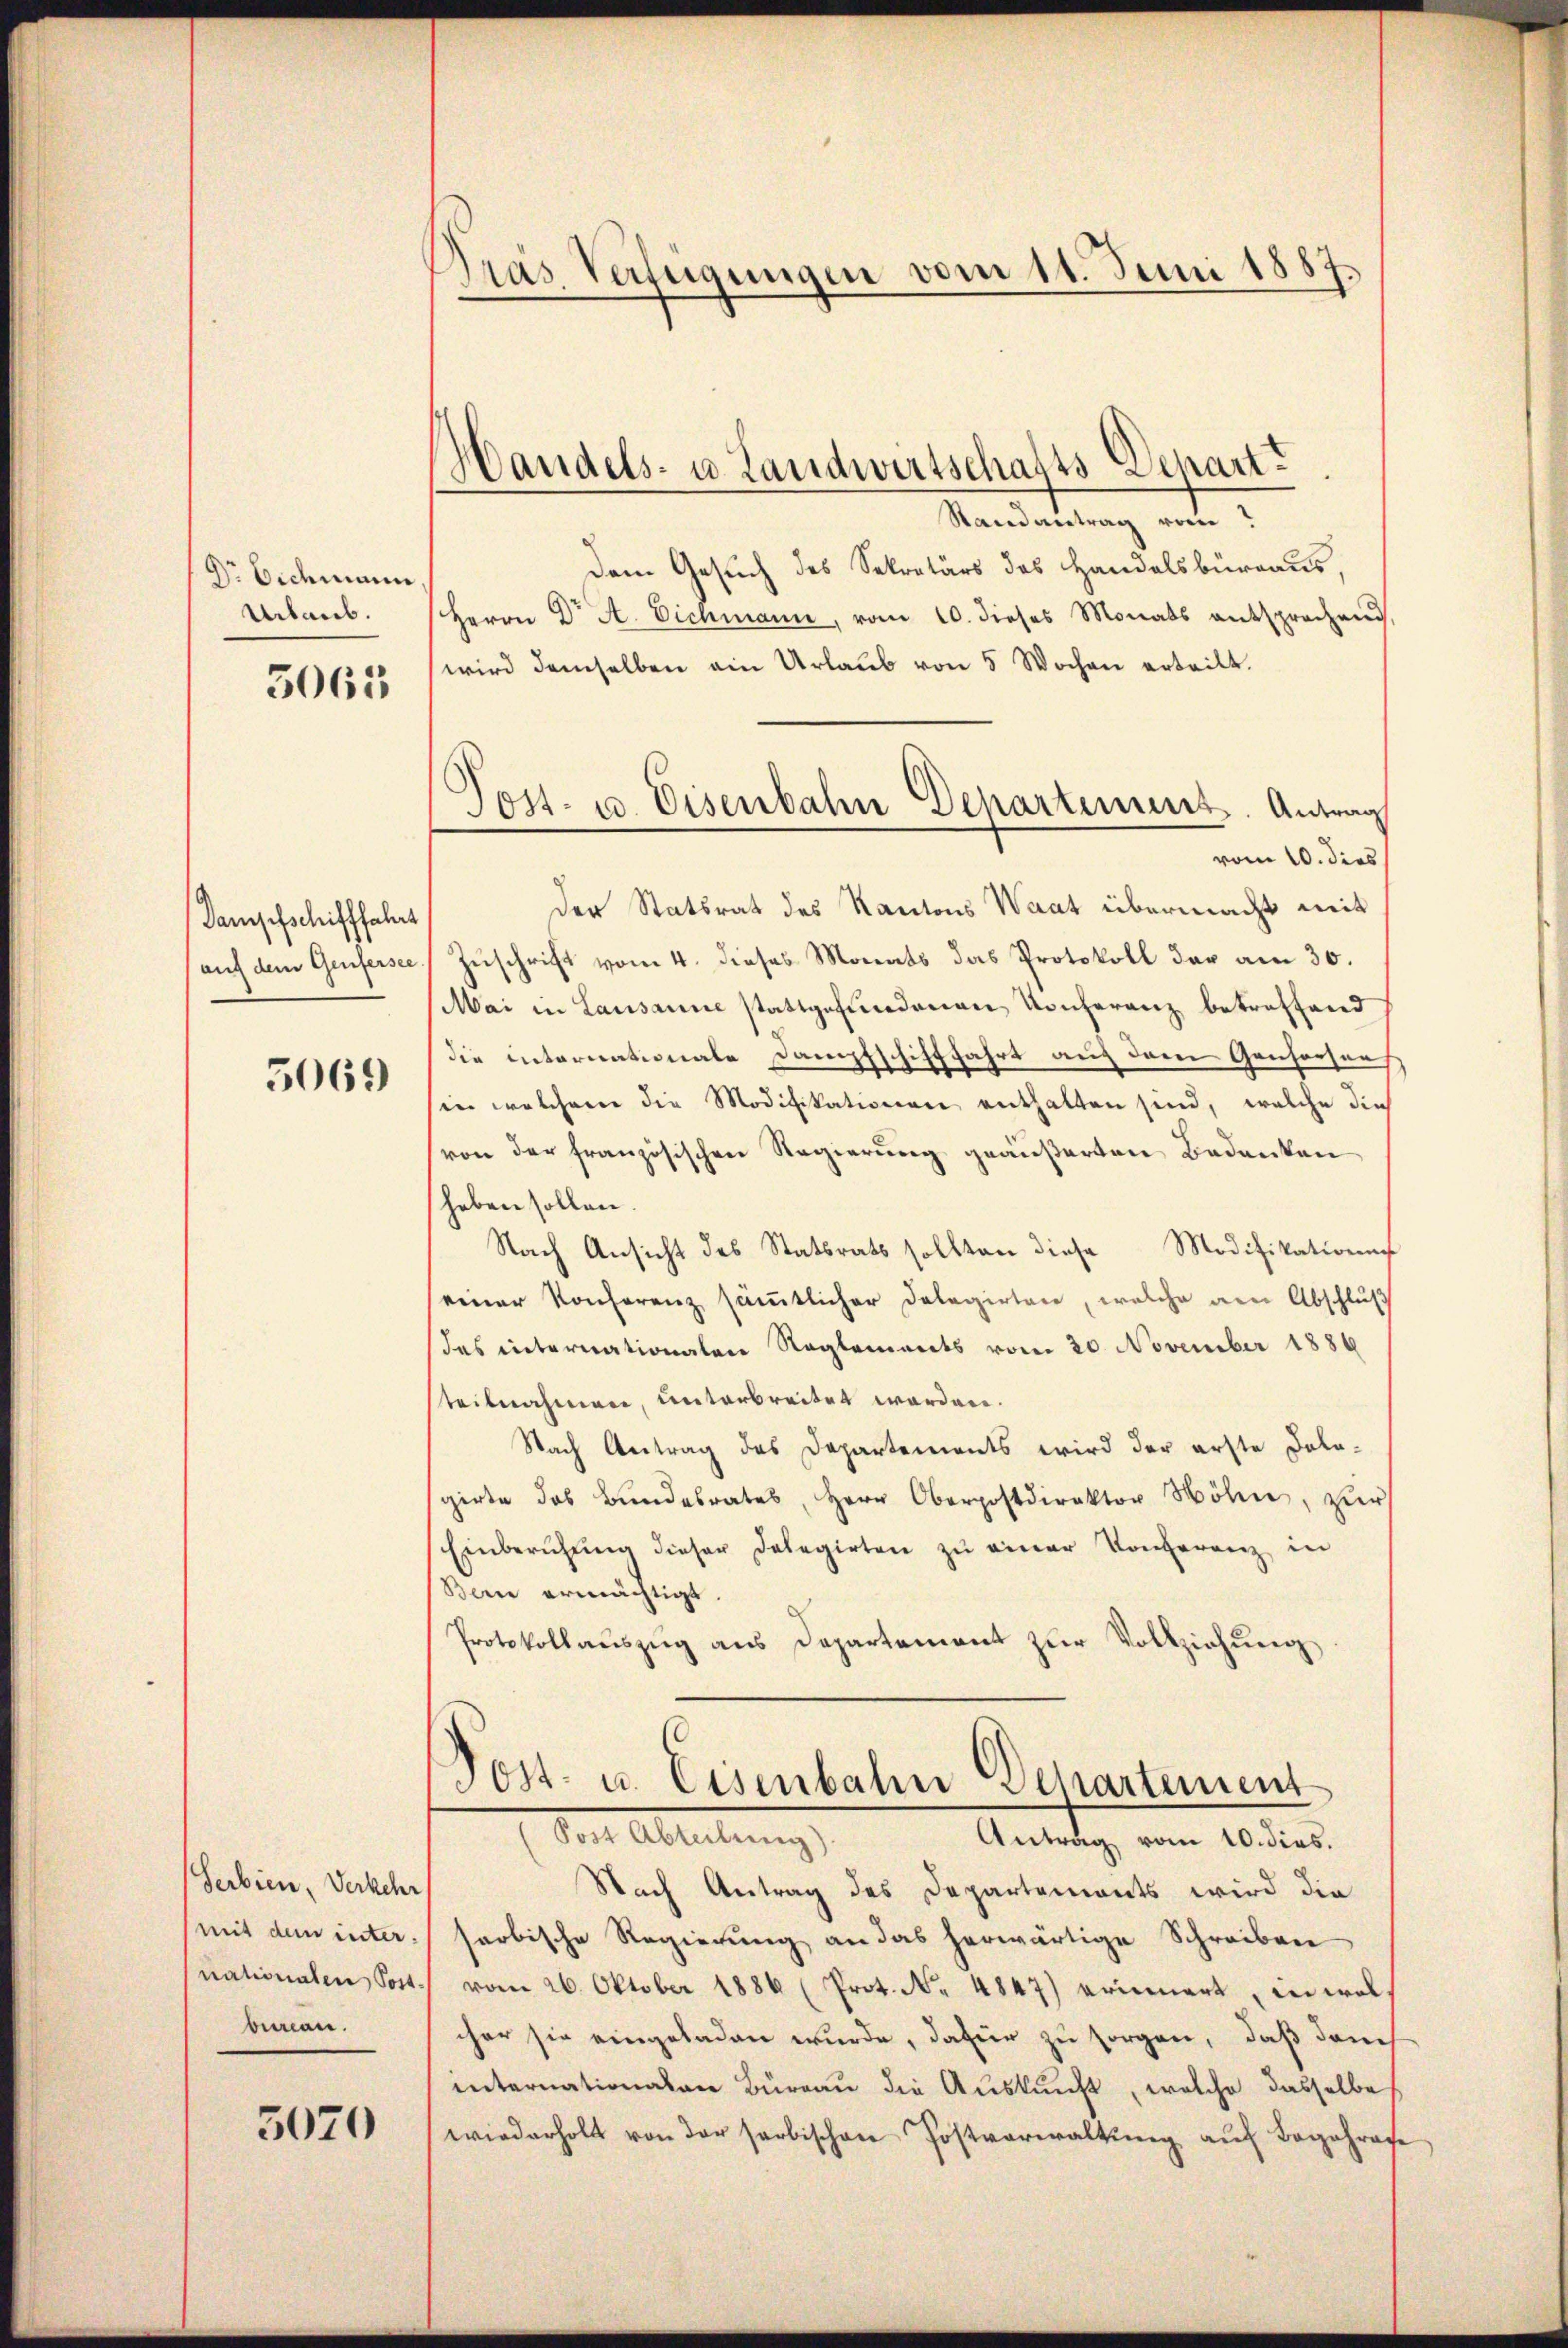
Dr Eichmann
Urlaub.

3061

Dampfschifffahrt
auf dem Genfersee,

5069

Serbien, Verkehr
mit dem inter.
nationalen Post.
bureau.

5070

Präs. Verfügungen vom 11. Juni 1887

Handels- u. Landwirtschafts Departt
Randantrag vom

Dem Gesuch des Sekretärs des Handelsbüreaus,
Herrn Dr A. Eichmann, vom 10. dieses Monats entsprochend,
wird demselben ein Urlaub von 5 Wochen erteilt.
vom 10. dies
Der Statsrat des Kantons Waat übermacht mit
Zuschrift vom 4. dieses Monats das Protokoll der am 30.
Mai in Lausanne stattgefundenen Konferenz betreffend
die internationale Dampfschifffahrt auf dem Gonhorsaus
in welchem die Modifikationen enthalten sind, welche die
von der französischen Regierung geäußerten Bedenken
heben sollen.
Nach Ansicht des Statsrats sollten diese Modifikationn
einer Konferenz sämtlicher Delegirten, welche den Abschluß
Das internationalen Reglements vom 20. November 1886
steilnahmen, unterbreitet werden.
Nach Antrag des Departements wird der erste Dologirte das Bundesrates, Herr Oberpostdirektor Möhne, zŭr
Einberuhŭng dieser Delegirten zu einer Konferenz in
Bern ermächtigt.
Protokollauszug aus Departement zur Vollziehung

Post- u. Eisenbahn Departement. Antrag

Post- u. Eisenbahn Departement
Das Abteilung
Antrag vom 10. dies.

Nach Antrag des Departements wird die
harbische Regierung an das herwärtige Schreiben
vom 26. Oktober 1886 (Prot. No 4847) erinnert in wels
cher sie eingeladen wurde, dafür zu sorgen, daß dann
internationalen Büreaŭ die Aŭskŭnft, welche dasselbe
wiederholt von der sorbischen Postverwaltung auf Begehrase